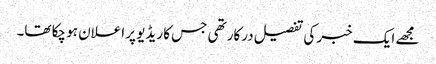
مجھے ایک خبر کی تفصیل درکار تھی جس کا ریڈیو پر اعلان ہو چکا تھا۔